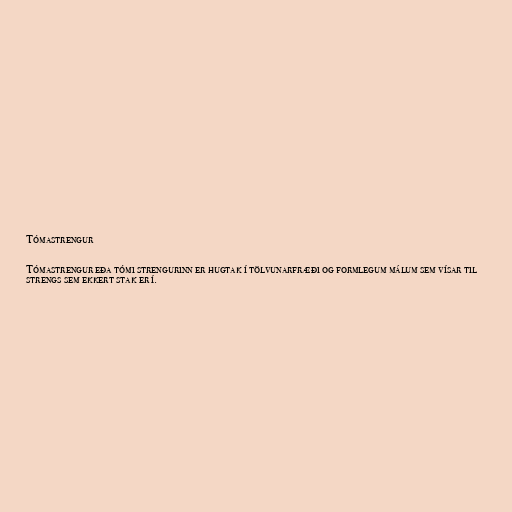
Tómastrengur

Tómastrengur eða tómi strengurinn er hugtak í tölvunarfræði og formlegum málum sem vísar til
strengs sem ekkert stak er í.